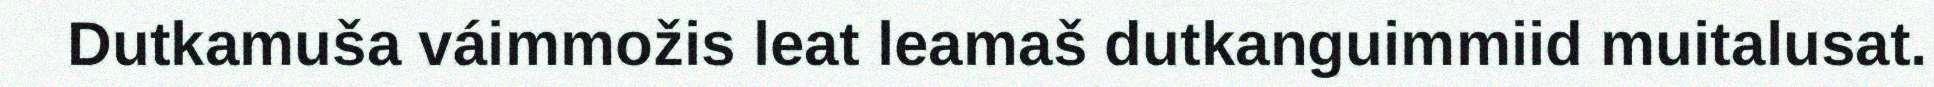
Dutkamuša váimmožis leat leamaš dutkanguimmiid muitalusat.